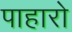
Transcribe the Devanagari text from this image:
पाहारो